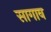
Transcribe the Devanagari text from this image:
सागाव